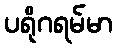
ပရိုဂရမ်မာ